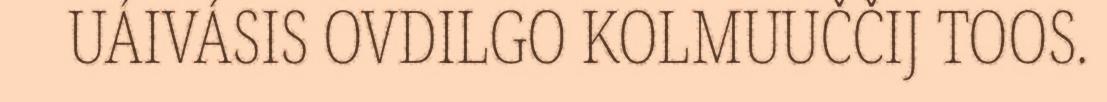
UÁIVÁSIS OVDILGO KOLMUUČČIJ TOOS.